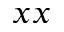
x x